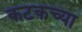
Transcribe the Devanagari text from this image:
कटकच्या